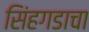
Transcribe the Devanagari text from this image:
सिंहगडाचा